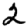
Digit: 2